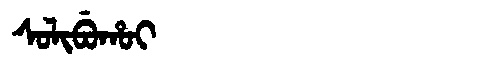
Manchu: ᠰᠣᠯᡳᠪᡠᡥᠣᡳ
Romanization: SOLIBUHOI